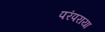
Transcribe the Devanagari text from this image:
परंपराया